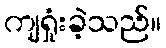
ကျရှုံးခဲ့သည်။